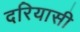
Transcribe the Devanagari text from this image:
दरियासी